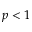
p < 1